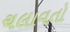
ચલાવતો